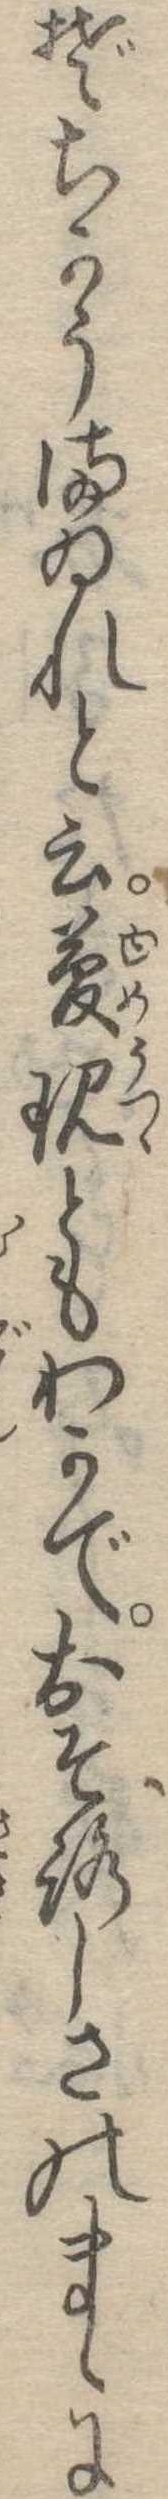
ぞちかうまゐれと云夢現ともわかでおそろしさのまゝに